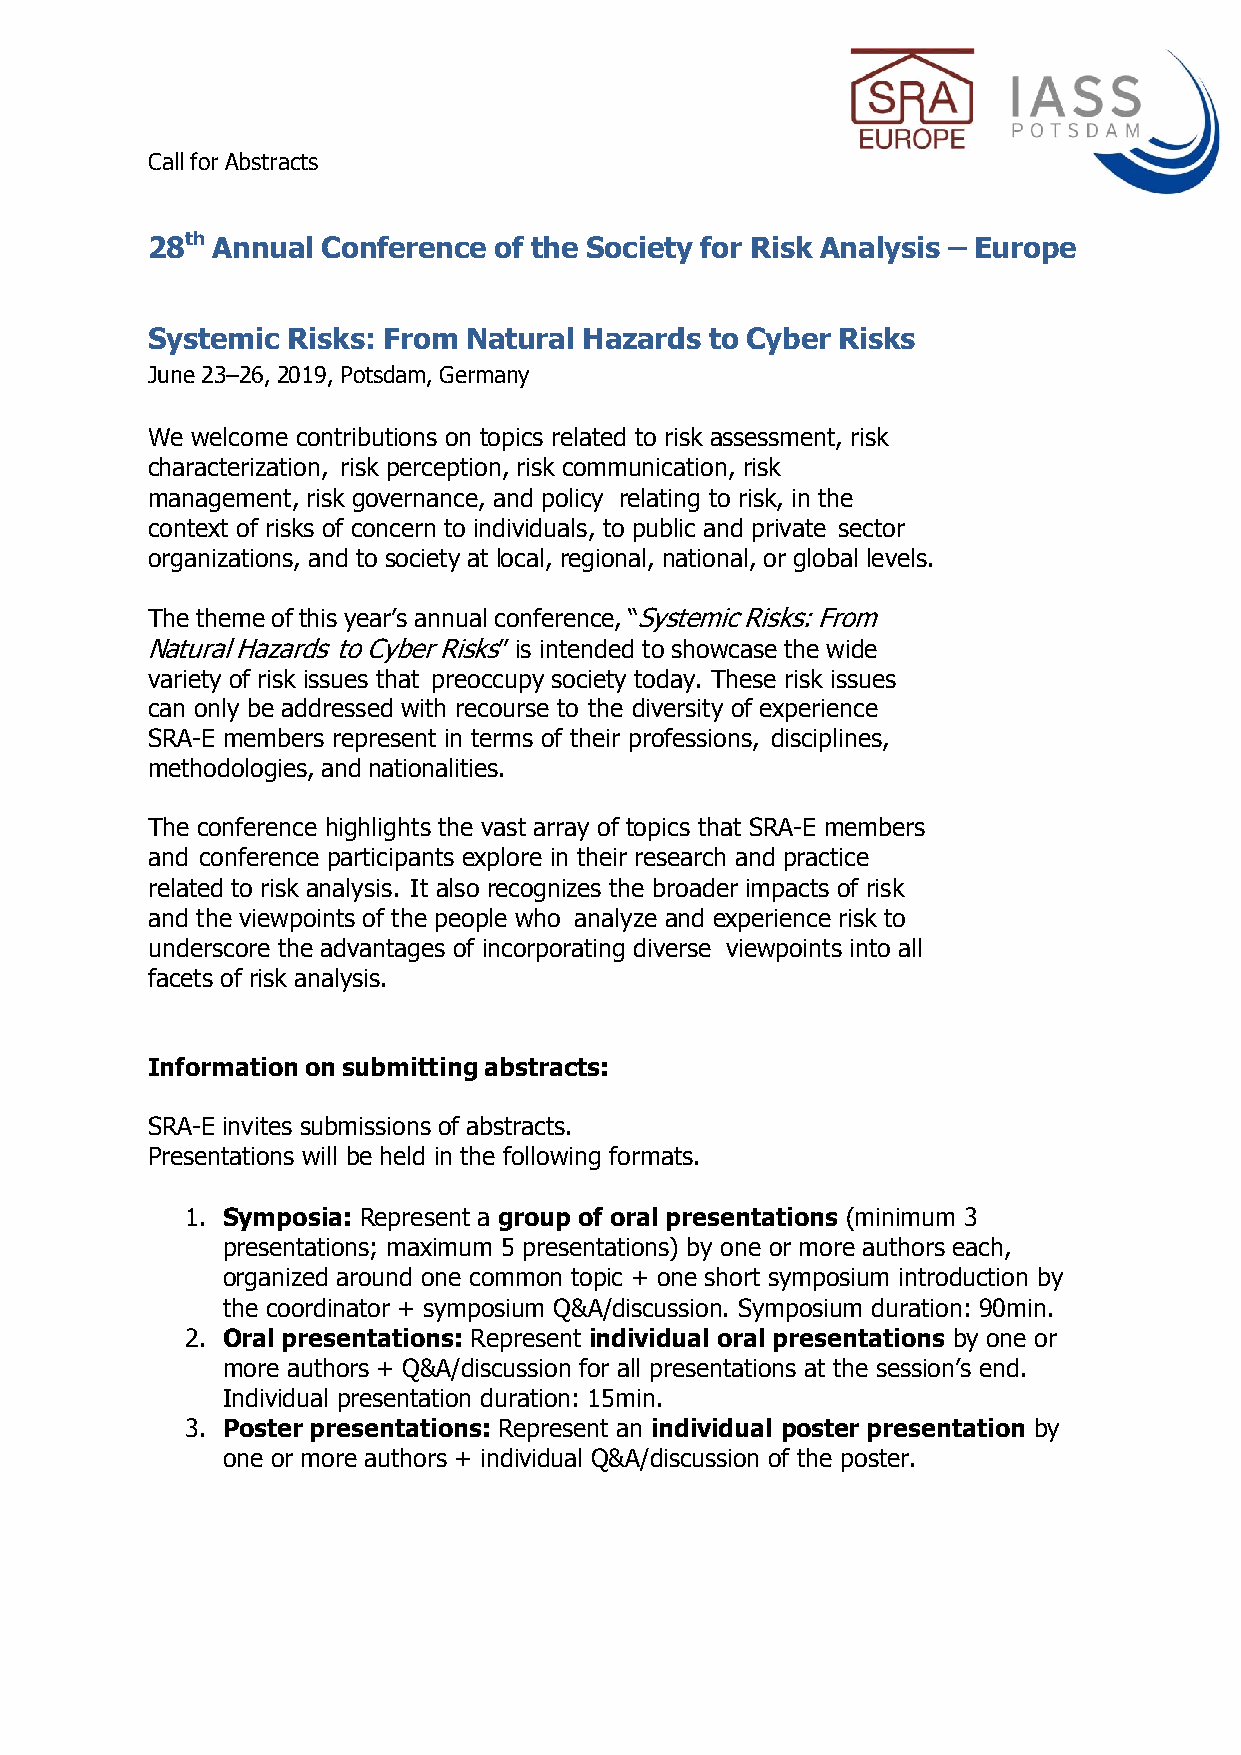
Call for Abstracts
 28th Annual Conference of the Society for Risk Analysis – E urope
 Systemic Risks: From Natural Hazards to Cyber Risks
 June 23–26, 2019, Potsdam, Germany
 We welcome contributions on topics related to risk assessment, risk
 characterization, risk perception, risk communication, risk
 management, risk governance, and policy relating to risk, in the
 context of risks of concern to individuals, to public and private sector
 organizations, and to society at local, regional, national, or global levels.
 The theme of this year’s annual conference, “Systemic Risks: From
 Natural Hazards to Cyber Risks” is intended to showcase the wide
 variety of risk issues that preoccupy society today. These risk issues
 can only be addressed with recourse to the diversity of experience
 SRA-E members represent in terms of their professions, disciplines,
 methodologies, and nationalities.
 The conference highlights the vast array of topics that SRA-E members
 and conference participants explore in their research and practice
 related to risk analysis. It also recognizes the broader impacts of risk
 and the viewpoints of the people who analyze and experience risk to
 underscore the advantages of incorporating diverse viewpoints into all
 facets of risk analysis.
 Information on submitting abstracts:
 SRA-E invites submissions of abstracts.
 Presentations will be held in the following formats.
 1. Symposia: Represent a group of oral presentations (minimum 3
 presentations; maximum 5 presentations) by one or more authors each,
 organized around one common topic + one short symposium introduction by
 the coordinator + symposium Q&A/discussion. Symposium duration: 90min.
 2. Oral presentations: Represent individual oral presentations by one or
 more authors + Q&A/discussion for all presentations at the session’s end.
 Individual presentation duration: 15min.
 3. Poster presentations: Represent an individual poster presentation by
 one or more authors + individual Q&A/discussion of the poster.